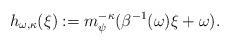
LaTeX: \begin{align*}h_{\omega,\kappa}(\xi) := m^{-\kappa}_\psi(\beta^{-1}(\omega) \xi + \omega).\end{align*}